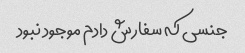
جنسی که سفارش دادم موجود نبود